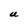
Character: U